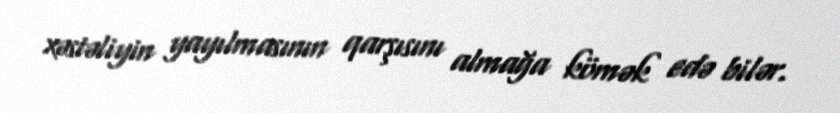
xəstəliyin yayılmasının qarşısını almağa kömək edə bilər.